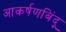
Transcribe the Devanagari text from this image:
आकर्षणबिंदू